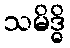
သမိဒ္ဓိ